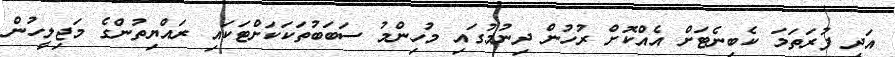
އަދި ފުރަތަމަ ކެބިނެޓަށް އެއްކޮށް ރުހުން ދިނުމުގައި މުހިންމު ސަބަބުތަކަކަށްޓަކައި ރައްޔިތުންގެ މަޖިލީހުން